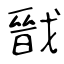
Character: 戩